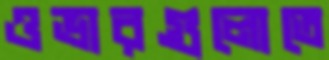
ওভারগুলোতে